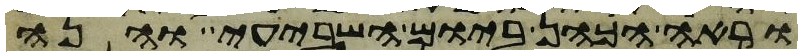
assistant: וראה הכהן ביום השביעי והנה